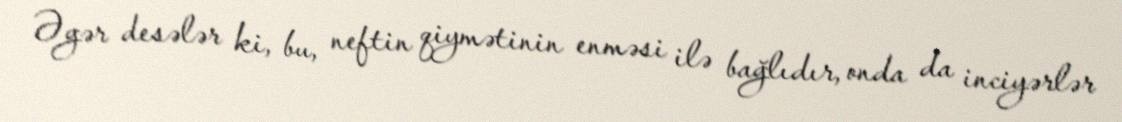
Əgər desələr ki, bu, neftin qiymətinin enməsi ilə bağlıdır, onda da inciyərlər